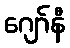
ဂျော်နီ